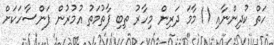
ހަތް ކުދިންނާއި 11 މާމަ ދަރިން މިހާރު ތިބި ފާތުމަތު އުމުރުން ފަންސާހަކަށް